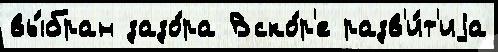
вы́бран зазо́ра Вско́р'е разв'и́т'иjа